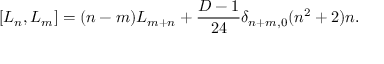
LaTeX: \lbrack L _ { n } , L _ { m } \rbrack = ( n - m ) L _ { m + n } + \frac { D - 1 } { 2 4 } \delta _ { n + m , 0 } ( n ^ { 2 } + 2 ) n .